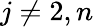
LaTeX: j\neq 2,n